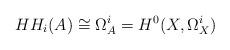
LaTeX: \begin{align*}HH_i(A) \cong \Omega^i_A = H^0(X,\Omega_X^i)\end{align*}